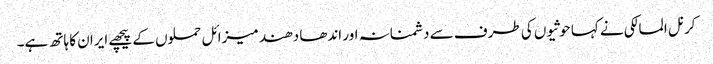
کرنل المالکی نے کہا حوثیوں کی طرف سے دشمنانہ اور اندھا دھند میزائل حملوں کے پیچھے ایران کا ہاتھ ہے۔